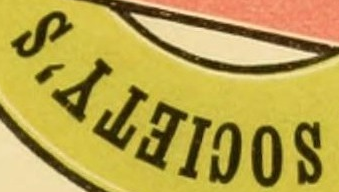
SOCIETY'S